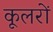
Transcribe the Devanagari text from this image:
कूलरों